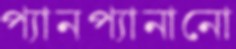
প্যানপ্যানানো